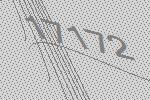
17172